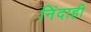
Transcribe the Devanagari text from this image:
निंदाही